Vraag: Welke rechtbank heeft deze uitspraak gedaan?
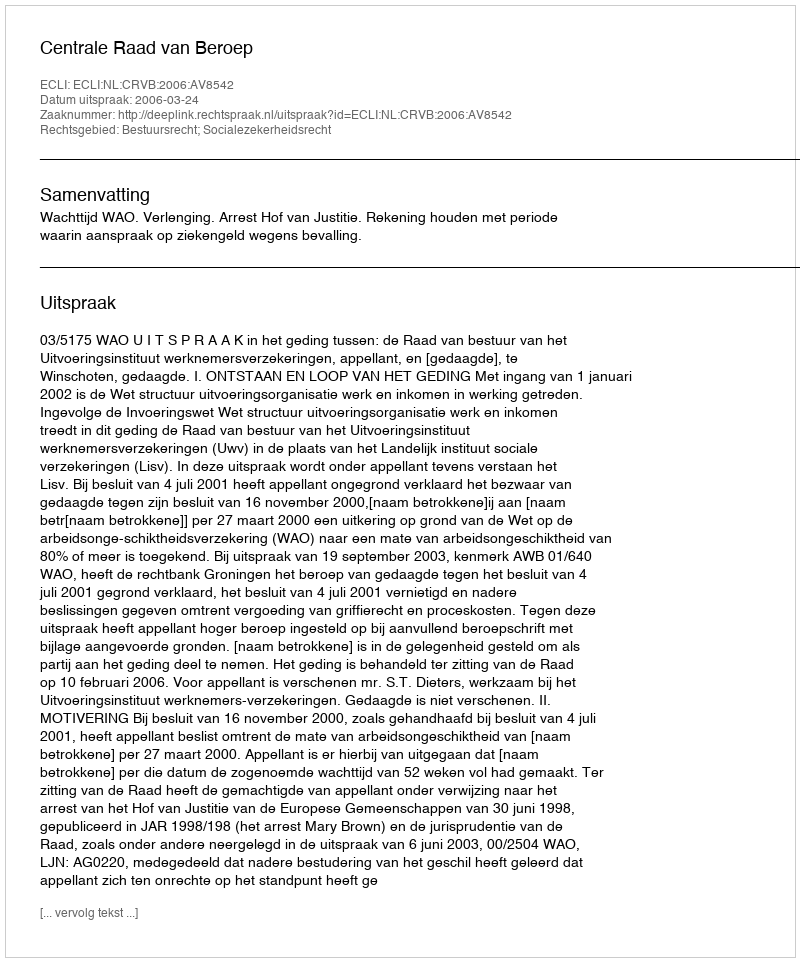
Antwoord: Centrale Raad van Beroep